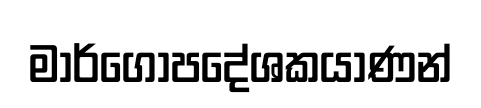
මාර්ගෝපදේශකයාණන්